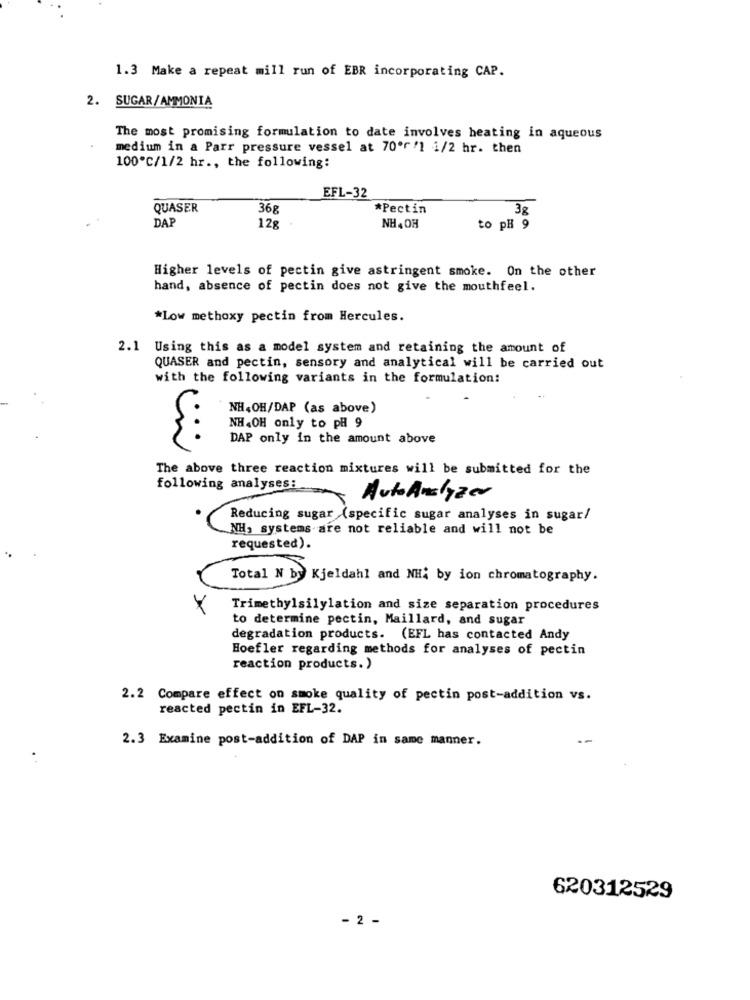
1.3 Make a repeat mill run of EBR incorporating CAP.
2. SUGAR/AMMONIA
The most promising formulation to date involves heating in aqueous
medium in a Parr pressure vessel at 70ºr /1 1/2 hr. then
100℃/1/2 hr ., the following:
EFL-32
QUASER
368
*Pectin
38
DAP
12g
NH, OH
to pH 9
Higher levels of pectin give astringent smoke. On the other
hand, absence of pectin does not give the mouthfeel.
*Low methoxy pectin from Hercules.
2.1 Using this as a model system and retaining the amount of
QUASER and pectin, sensory and analytical will be carried out
with the following variants in the formulation:
NH,OH/DAP (as above)
NH.OH only to pH 9
DAP only in the amount above
The above three reaction mixtures will be submitted for the
following analyses:
AutoAnalyzer
Reducing sugar (specific sugar analyses in sugar/
NH, systems are not reliable and will not be
requested).
Total N by Kjeldahl and NH; by ion chromatography.
Y
Trimethylsilylation and size separation procedures
to determine pectin, Maillard, and sugar
degradation products. (EFL has contacted Andy
Hoefler regarding methods for analyses of pectin
reaction products.)
2.2 Compare effect on smoke quality of pectin post-addition vs.
reacted pectin in EFL-32.
2.3 Examine post-addition of DAP in same manner.
620312529
- 2 -